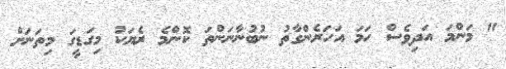
" މަންމަ އަދިވެސް ހަމަ އަހަރެންގާތު ނުބުނާނަންތަ ކޮންމެ ރެޔަކު މިގަޑީގަ މިތަނަށް